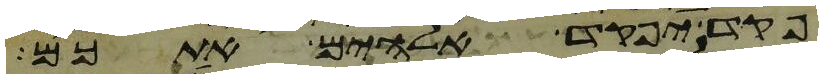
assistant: פקד יפקד אלהים אתכם